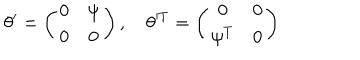
\theta ^ { \prime } = \left( \begin{matrix} { { 0 } } & { { \psi } } \\ { { 0 } } & { { 0 } } \\ \end{matrix} \right) , \quad \theta ^ { T } = \left( \begin{matrix} { { 0 } } & { { 0 } } \\ { { \psi ^ { T } } } & { { 0 } } \\ \end{matrix} \right)